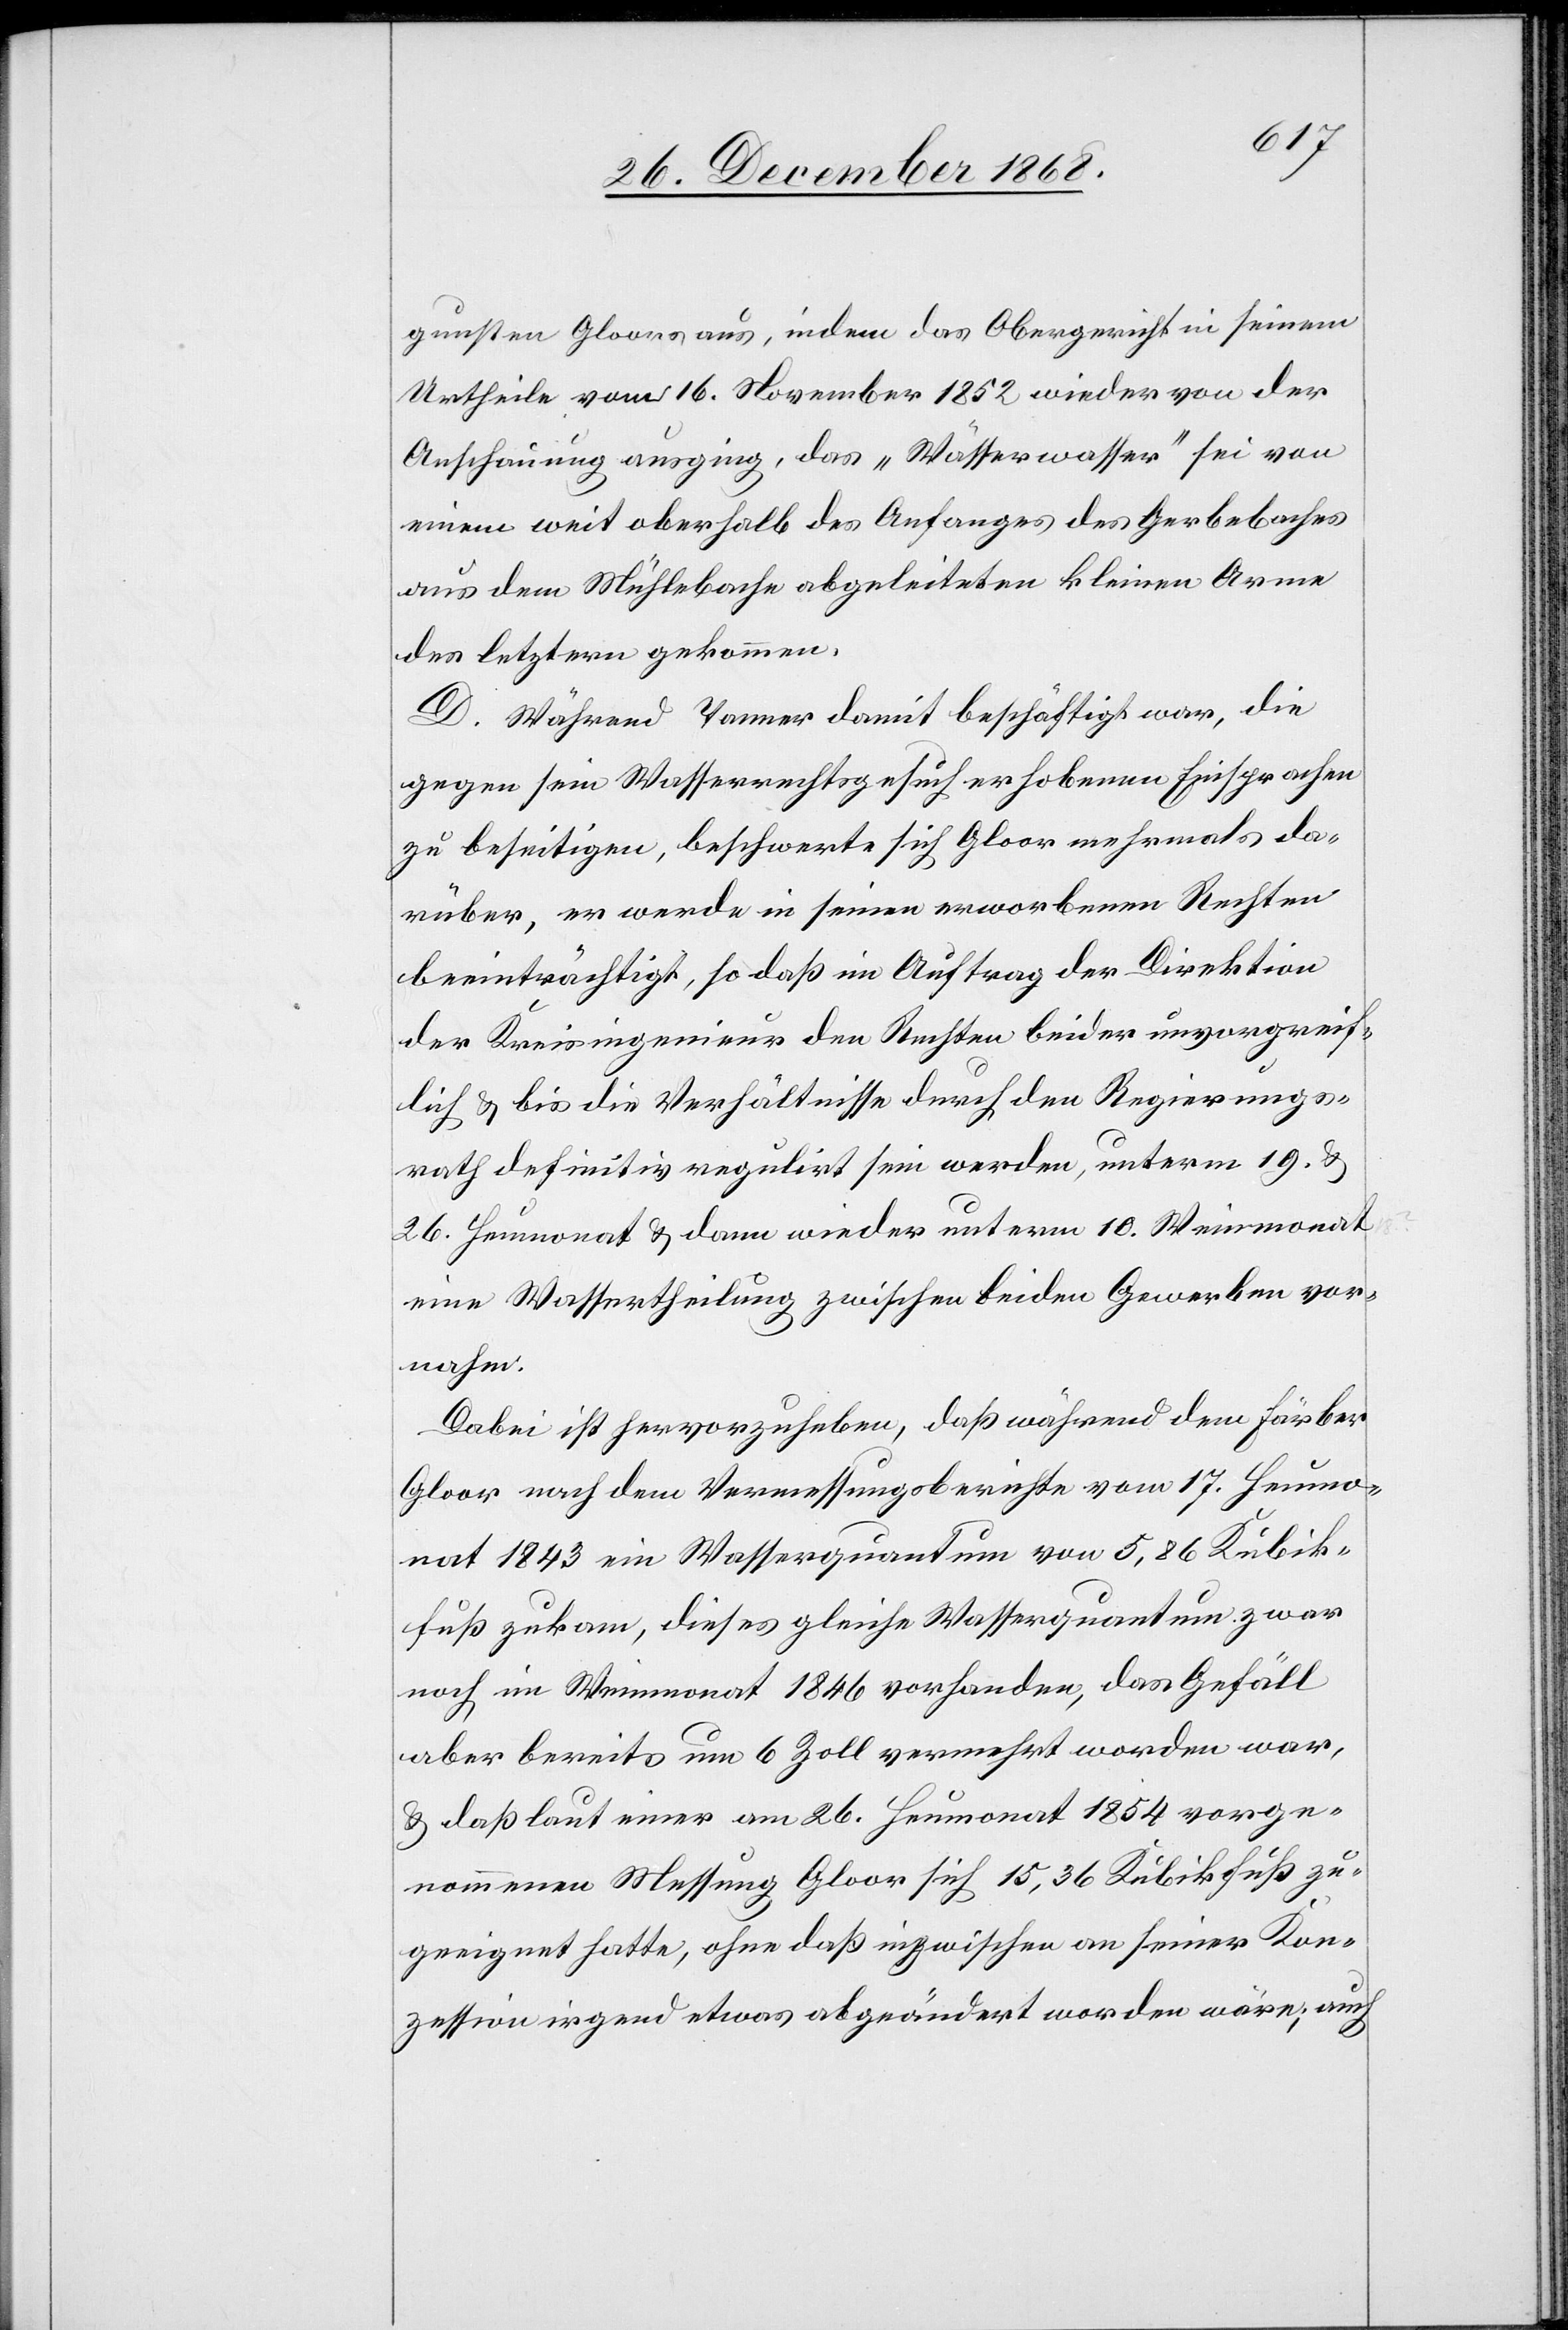
gunsten Gloors aus, indem das Obergericht in seinem
Urtheile vom 16. November 1852 wieder von der
Anschauung ausging, das „Wässerwasser“ sei von
einem weit oberhalb des Anfanges des Gerbebaches
aus dem Mühlebache abgeleiteten kleinen Arme
des letztern gekommen.
D. Während Tanner damit beschäftigt war, die
gegen sein Wasserrechtsgesuch erhobenen Einsprachen
zu beseitigen, beschwerte sich Gloor mehrmals da¬
rüber, er werde in seinen erworbenen Rechten
beeinträchtigt, so daß im Auftrag der Direktion
der Kreisingenieur den Rechten beider unvorgreif¬
lich & bis die Verhältnisse durch den Regierungs¬
rath definitiv regulirt sein werden, unterm 19. &
26. Heumonat & dann wieder unterm 10. Weinmonat
eine Wassertheilung zwischen beiden Gewerben vor¬
nahm.
Dabei ist hervorzuheben, daß während dem Färber
Gloor nach dem Vermessungsberichte vom 17. Heumo¬
nat 1843 ein Wasserquantum von 5,86 Kubik¬
fuß zukam, dieses gleiche Wasserquantum zwar
noch im Weinmonat 1846 vorhanden, das Gefäll
aber bereits um 6 Zoll vermehrt worden war,
& daß laut einer am 26. Heumonat 1854 vorge¬
nommenen Messung Gloor sich 15,36 Kubikfuß zu¬
geeignet hatte, ohne daß inzwischen an seiner Kon¬
zession irgend etwas abgeändert worden wäre; auch